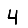
Digit: 4